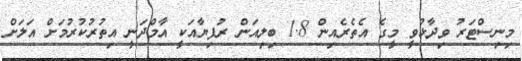
މިނިސްޓަރު ވިދާޅުވީ މީގެ އެތެރެއިން 1.8 ބިލިއަން ރުފިޔާއަކީ އާމްދަނީ އިތުރުކުރުމަށް އަލަށް